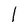
Character: 1